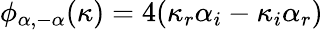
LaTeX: \phi_{\alpha,-\alpha}(\kappa)=4(\kappa_{r}\alpha_{i}-\kappa_{i}\alpha_{r})